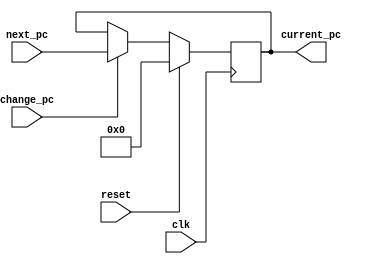
module PC (input reset,
            input clk,
            input change_pc,
            input [31:0] next_pc,
            output [31:0] current_pc);
  
  reg [31:0] pc;

  assign current_pc = pc;
  
  always @(posedge clk) begin
    if(reset) begin
      pc <= 32'b0;
    end
    else begin
        if(change_pc) begin
            pc <= next_pc;
        end
    end
  end
endmodule